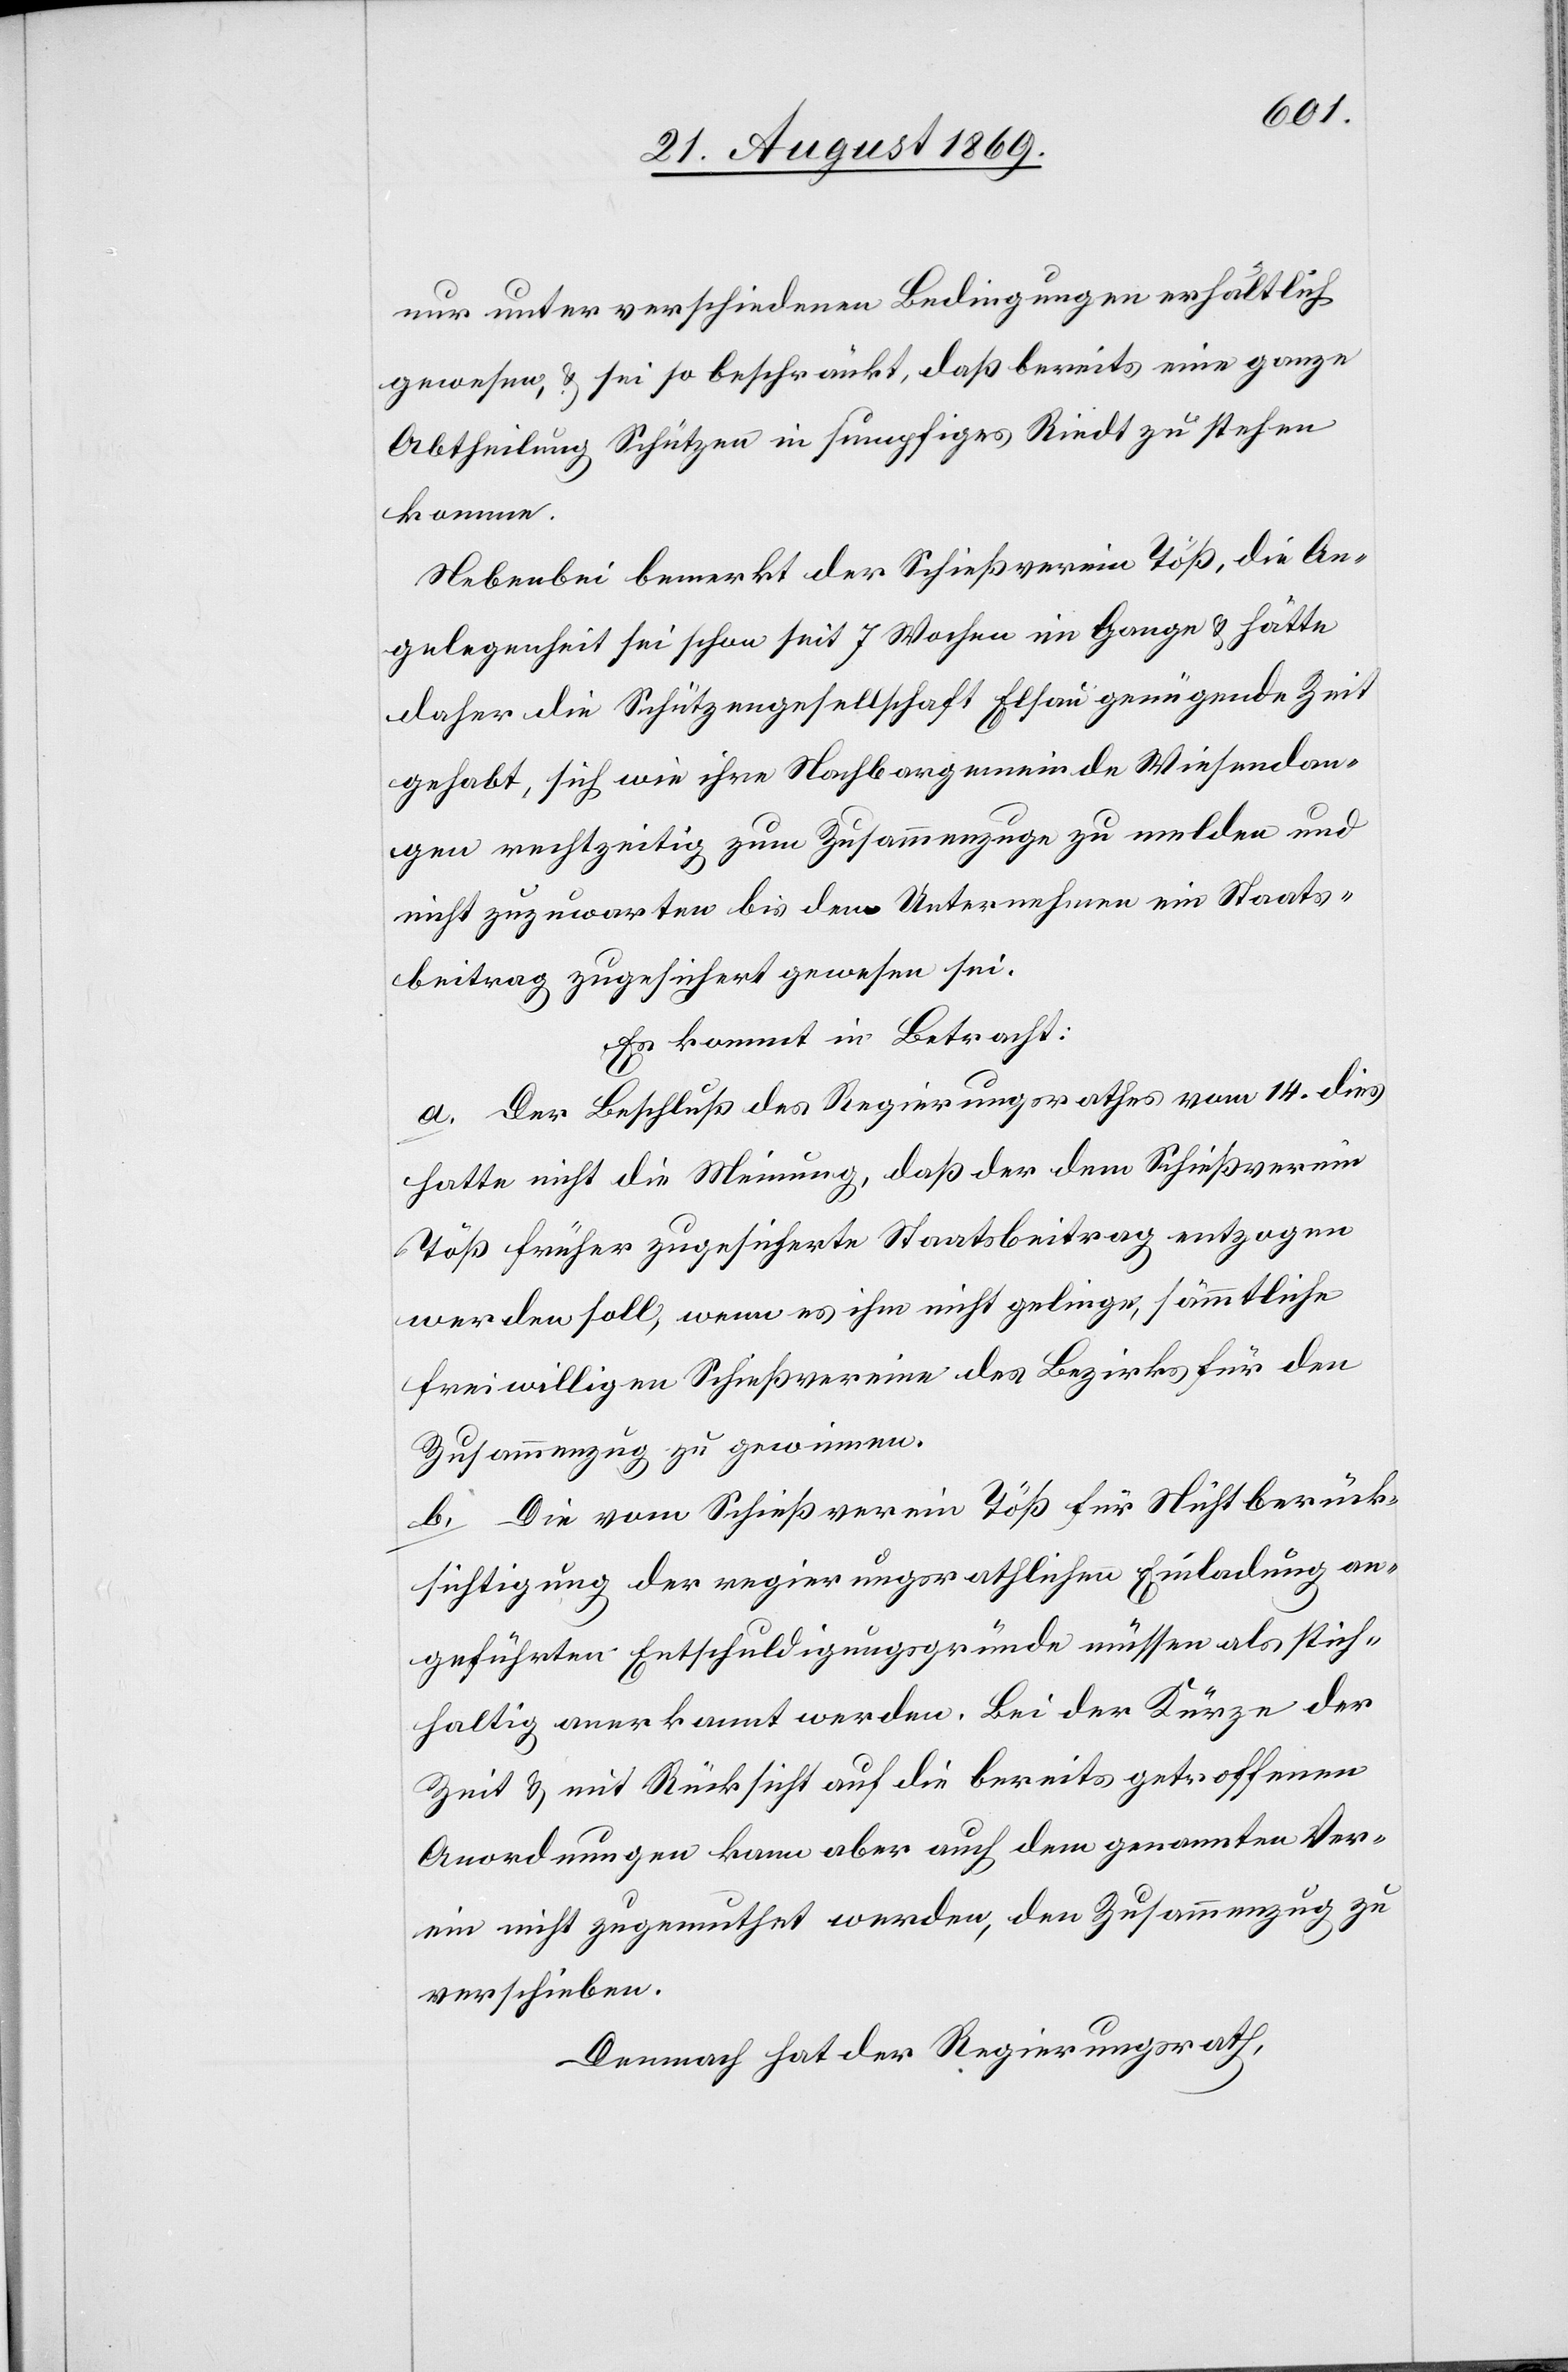
nur unter verschiedenen Bedingungen erhältlich
gewesen, & sei so beschränkt, daß bereits eine ganze
Abtheilung Schützen in sumpfiges Riedt zu stehen
komme.
Nebenbei bemerkt der Schießverein Töß, die An¬
gelegenheit sei schon seit 7 Wochen im Gange & hätte
daher die Schützengesellschaft Elsau genügende Zeit
gehabt, sich wie ihre Nachbargemeinde Wiesendan¬
gen rechtzeitig zum Zusammenzuge zu melden und
nicht zuzuwarten bis dem Unternehmen ein Staats¬
beitrag zugesichert gewesen sei.
Es kommt in Betracht:
a. Der Beschluß des Regierungsrathes vom 14. dies
hatte nicht die Meinung, daß der dem Schießverein
Töß früher zugesicherte Staatsbeitrag entzogen
werden soll, wenn es ihm nicht gelinge, sämmtliche
freiwilligen Schießvereine des Bezirks für den
Zusammenzug zu gewinnen.
b. Die vom Schießverein Töß für Nichtberück¬
sichtigung der regierungsrathlichen [sic!] Einladung an¬
geführten Entschuldigungsgründe müssen als stich¬
haltig anerkannt werden. Bei der Kürze der
Zeit & mit Rücksicht auf die bereits getroffenen
Anordnungen kann aber auch dem genannten Ver¬
ein nicht zugemuthet werden, den Zusammenzug zu
verschieben.
Demnach hat der Regierungsrath,